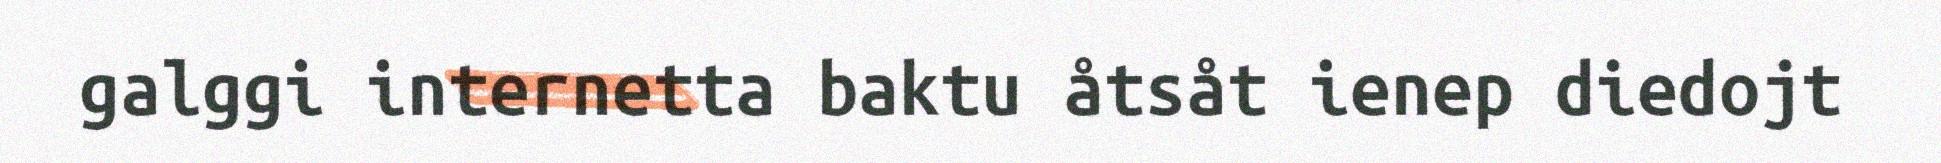
galggi internetta baktu åtsåt ienep diedojt